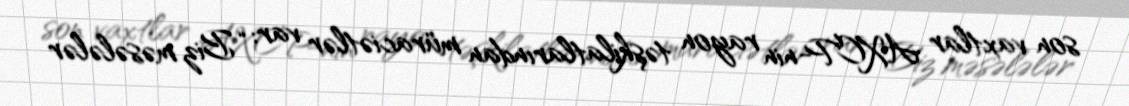
son vaxtlar AXCP-nin rayon təşkilatlarından müraciətlər var: “Biz məsələlər